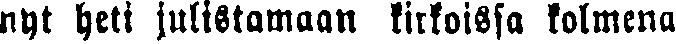
nyt heti julistamaan kirkossa kolmena